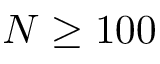
N \ge 1 0 0